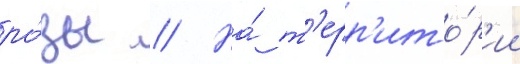
ро́зы // На́ т'ерр'ито́р'ии